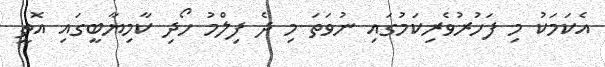
އެކަމަކު މި ފަހުރުވެރިކަމުގައި ނުވަތަ މި ދެ ފިލްމު ހޯދި ކާމިޔާބީގައި އޮތީ